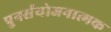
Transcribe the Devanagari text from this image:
पुनर्संयोजनात्मक